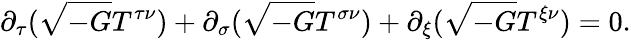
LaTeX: \partial_{\tau}(\sqrt{-G}T^{\tau\nu})+\partial_{\sigma}(\sqrt{-G}T^{\sigma\nu})+\partial_{\xi}(\sqrt{-G}T^{\xi\nu})=0.